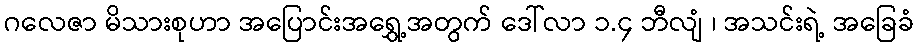
ဂလေဇာ မိသားစုဟာ အပြောင်းအရွှေ့အတွက် ဒေါ်လာ ၁.၄ ဘီလျံ ၊ အသင်းရဲ့ အခြေခံ